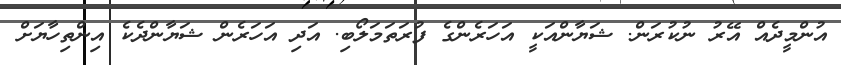
އުންމީދެއް އޭރު ނުކުރަން. ޝަޔާންއަކީ އަހަރެންގެ ފުރަތަމަލޯބި. އަދި އަހަރެން ޝަޔާންދެކެ އިންތިހާޔަށް